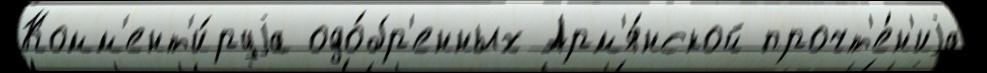
Комм'ент'и́руjа одо́бр'енных Арм'я́нской прочт'е́н'иjа